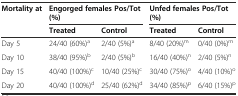
<table><thead><tr><td rowspan="2"><b>Mortality at</b></td><td colspan="2"><b>Engorged females Pos/Tot (%)</b></td><td colspan="2"><b>Unfed females Pos/Tot (%)</b></td></tr><tr><td><b>Treated</b></td><td><b>Control</b></td><td><b>Treated</b></td><td><b>Control</b></td></tr></thead><tbody><tr><td>Day 5</td><td>24/40 (60%)<sup>a</sup></td><td>2/40 (5%)<sup>a</sup></td><td>8/40 (20%)<sup>m</sup></td><td>0/40 (0%)<sup>m</sup></td></tr><tr><td>Day 10</td><td>38/40 (95%)<sup>b</sup></td><td>2/40 (5%)<sup>b</sup></td><td>16/40 (40%)<sup>n</sup></td><td>2/40 (5%)<sup>n</sup></td></tr><tr><td>Day 15</td><td>40/40 (100%)<sup>c</sup></td><td>10/40 (25%)<sup>c</sup></td><td>30/40 (75%)<sup>o</sup></td><td>4/40 (10%)<sup>o</sup></td></tr><tr><td>Day 20</td><td>40/40 (100%)<sup>d</sup></td><td>25/40 (62%)<sup>d</sup></td><td>34/40 (85%)<sup>p</sup></td><td>6/40 (15%)<sup>p</sup></td></tr></tbody></table>